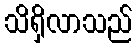
သိရှိလာသည်